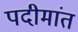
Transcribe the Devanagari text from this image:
पदीमांत